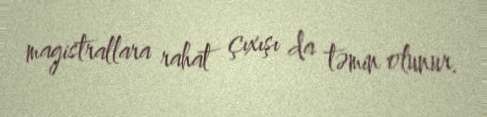
magistrallara rahat çıxışı da təmin olunur.